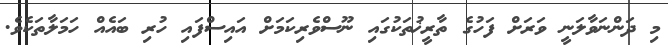
މި ދަންނަވާލަނީ ވަރަށް ފަހުގެ ތާރީޚުތަކުގައި ނޫސްވެރިކަމަަށް އައިސްފައި ހުރި ބައެއް ހަމަލާތަކެެވެ.